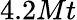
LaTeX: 4.2Mt